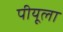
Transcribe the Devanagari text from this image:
पीयूला